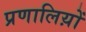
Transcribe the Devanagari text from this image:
प्रणालिय़ों